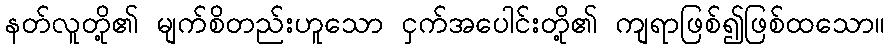
နတ်လူတို့၏ မျက်စိတည်းဟူသော ငှက်အပေါင်းတို့၏ ကျရာဖြစ်၍ဖြစ်ထသော။